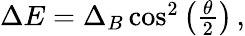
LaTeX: \begin{array}{r}{\Delta E=\Delta_{B}\cos^{2}\left(\frac{\theta}{2}\right)\, ,}\end{array}